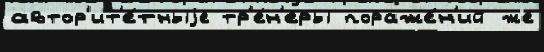
автор'ит'е́тныjе тр'е́н'еры пораже́н'ий же